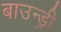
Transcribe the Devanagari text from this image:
बाउन्ड्री